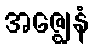
အဇ္ဈေနံ